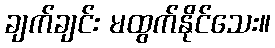
ချက်ချင်း မထွက်နိုင်သေး။